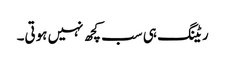
ریٹنگ ہی سب کچھ نہیں ہوتی۔